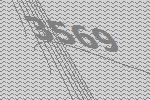
3569